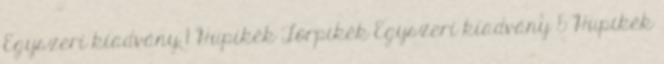
Egyszeri kiadvány 1 Hupikék Törpikék Egyszeri kiadvány 5 Hupikék